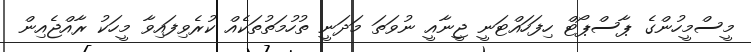
މީސްމީހުންގެ ޕާސްޕޯޓް ހިފަހައްޓަނީ ޖީނާއީ ނުވަތަ މަދަނީ ތުހުމަތުތަކެއް ކުރެވިފައިވާ މީހަކު ރާއްޖެއިން